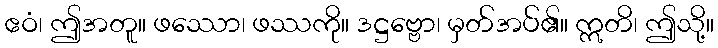
ဧဝံ၊ ဤအတူ။ ဖဿော၊ ဖဿကို။ ဒဋ္ဌဗ္ဗော၊ မှတ်အပ်၏။ ဣတိ၊ ဤသို့။